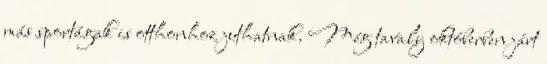
más sportágak is otthonhoz juthatnak. Még tavaly októberben járt